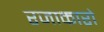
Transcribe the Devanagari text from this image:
रजाकारो